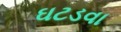
ઘટડવા